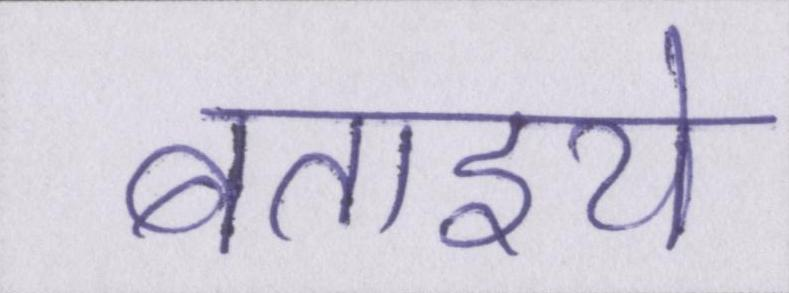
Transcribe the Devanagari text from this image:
बताइये